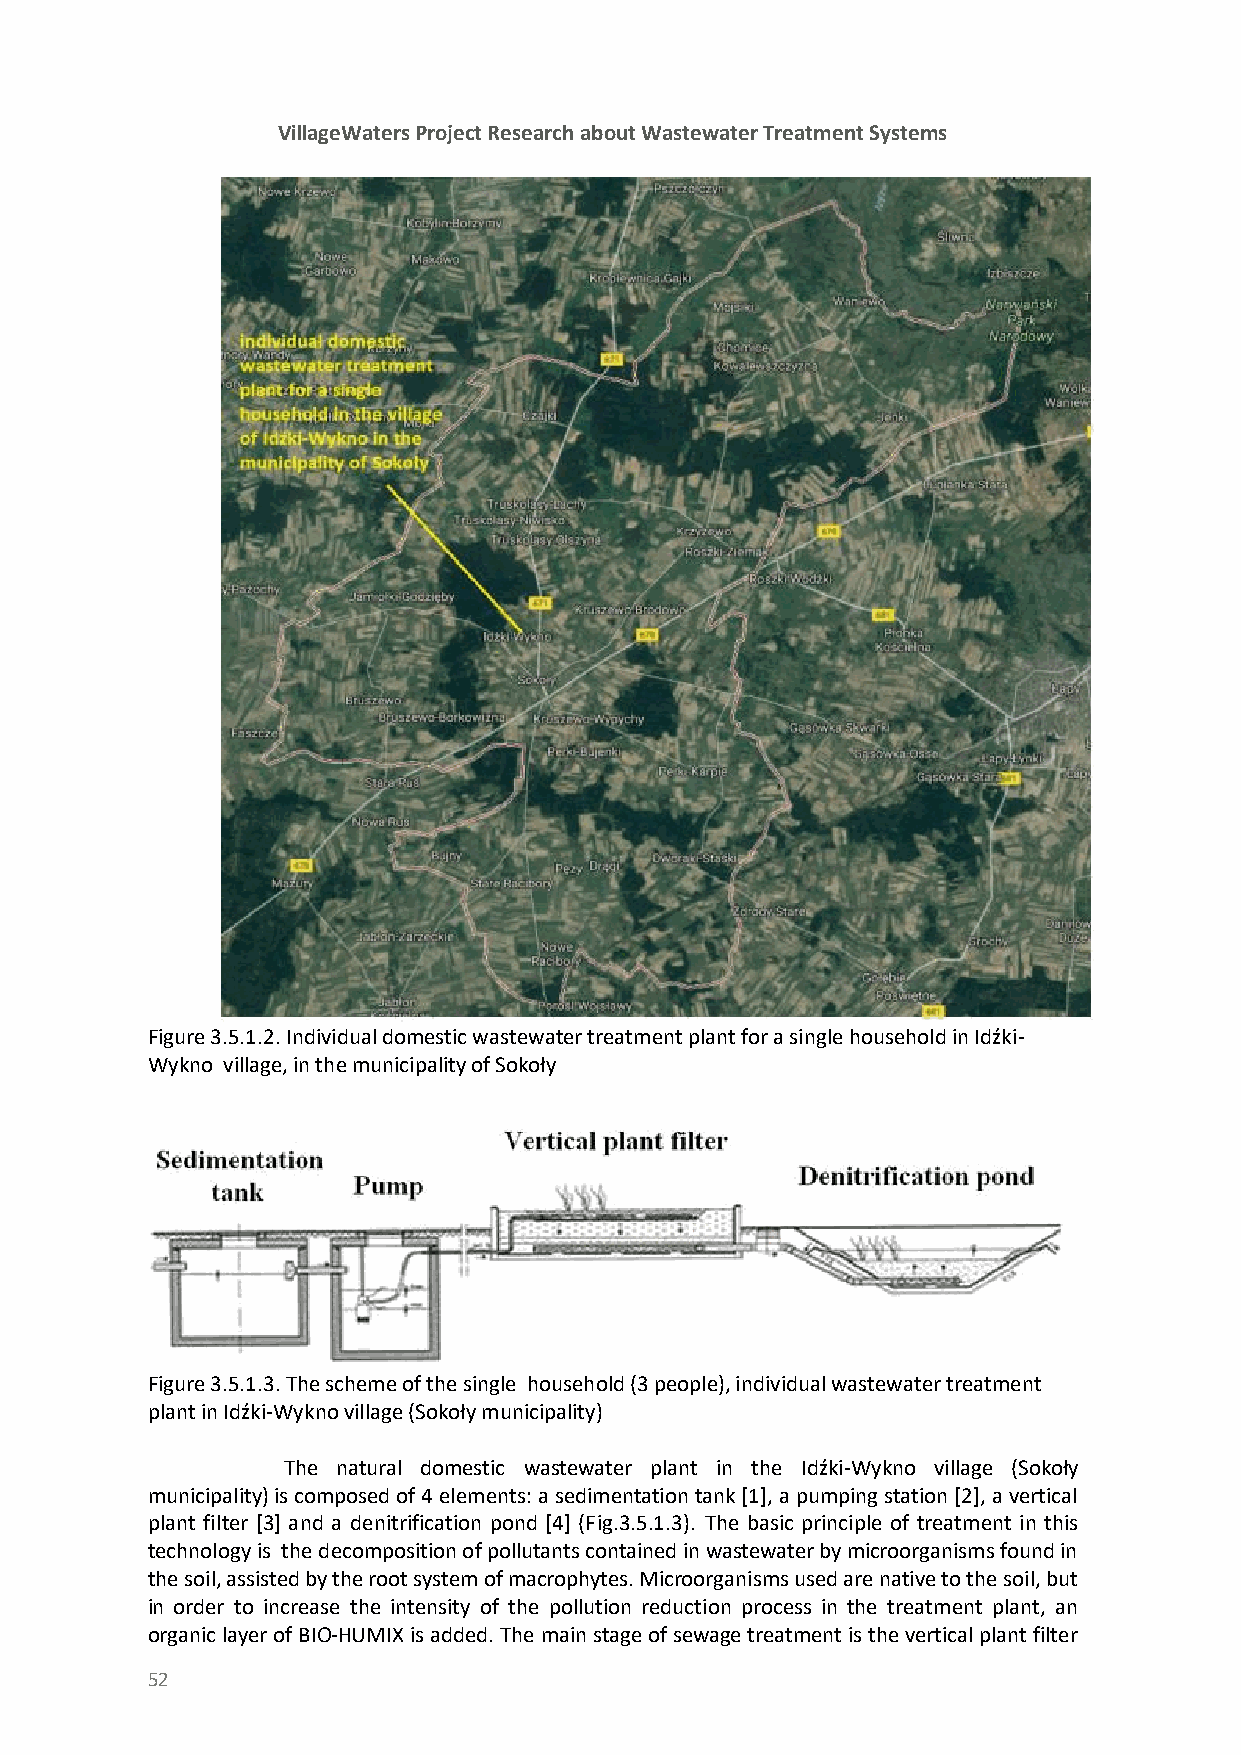
VillageWaters Project Research about Wastewater Treatment Systems
 Figure 3.5.1.2. Individual domestic wastewater treatment plant for a single household in Idźki-
 Wykno village, in the municipality of Sokoły
 Figure 3.5.1.3. The scheme of the single household (3 people), individual wastewater treatment
 plant in Idźki-Wykno village (Sokoły municipality)
 The natural domestic wastewater plant in the Idźki-Wykno village (Sokoły
 municipality) is composed of 4 elements: a sedimentation tank [1], a pumping station [2], a vertical
 plant filter [3] and a denitrification pond [4] (Fig.3.5.1.3). The basic principle of treatment in this
 technology is the decomposition of pollutants contained in wastewater by microorganisms found in
 the soil, assisted by the root system of macrophytes. Microorganisms used are native to the soil, but
 in order to increase the intensity of the pollution reduction process in the treatment plant, an
 organic layer of BIO-HUMIX is added. The main stage of sewage treatment is the vertical plant filter
 52